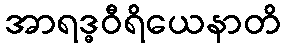
အာရဒ္ဓဝီရိယေနာတိ